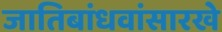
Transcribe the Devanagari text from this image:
जातिबांधवांसारखे